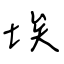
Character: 埃